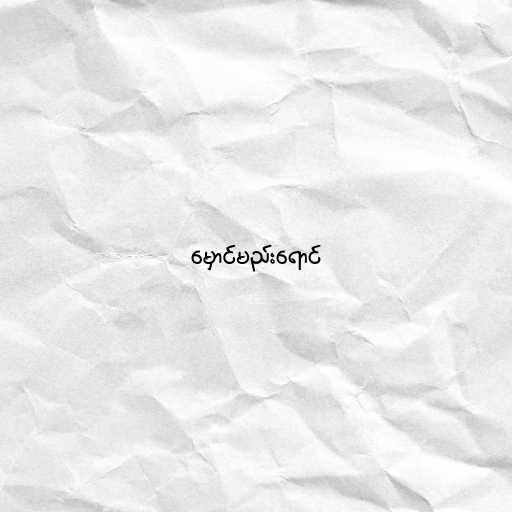
မှောင်မည်းရောင်